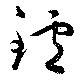
鑪